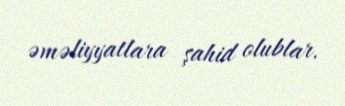
əməliyyatlara şahid olublar.